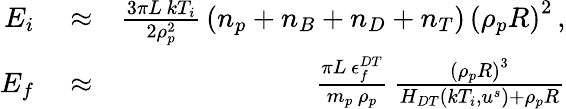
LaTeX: \begin{array}{rlr}{E_{i}}&{{}\approx}&{\frac{3\pi L\, kT_{i}}{2\rho_{p}^{2}}\, \left(n_{p}+n_{B}+n_{D}+n_{T}\right)\, \left(\rho_{p}R\right)^{2}\, ,}\\ {E_{f}}&{{}\approx}&{\frac{\pi L\, \epsilon_{f}^{DT}}{m_{p}\, \rho_{p}}\, \frac{\left(\rho_{p}R\right)^{3}}{H_{DT}\left(kT_{i},u^{s}\right)+\rho_{p}R}}\end{array}